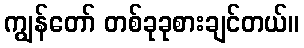
ကျွန်တော် တစ်ခုခုစားချင်တယ်။